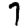
Digit: 7